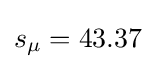
s_{\mu }=43.37